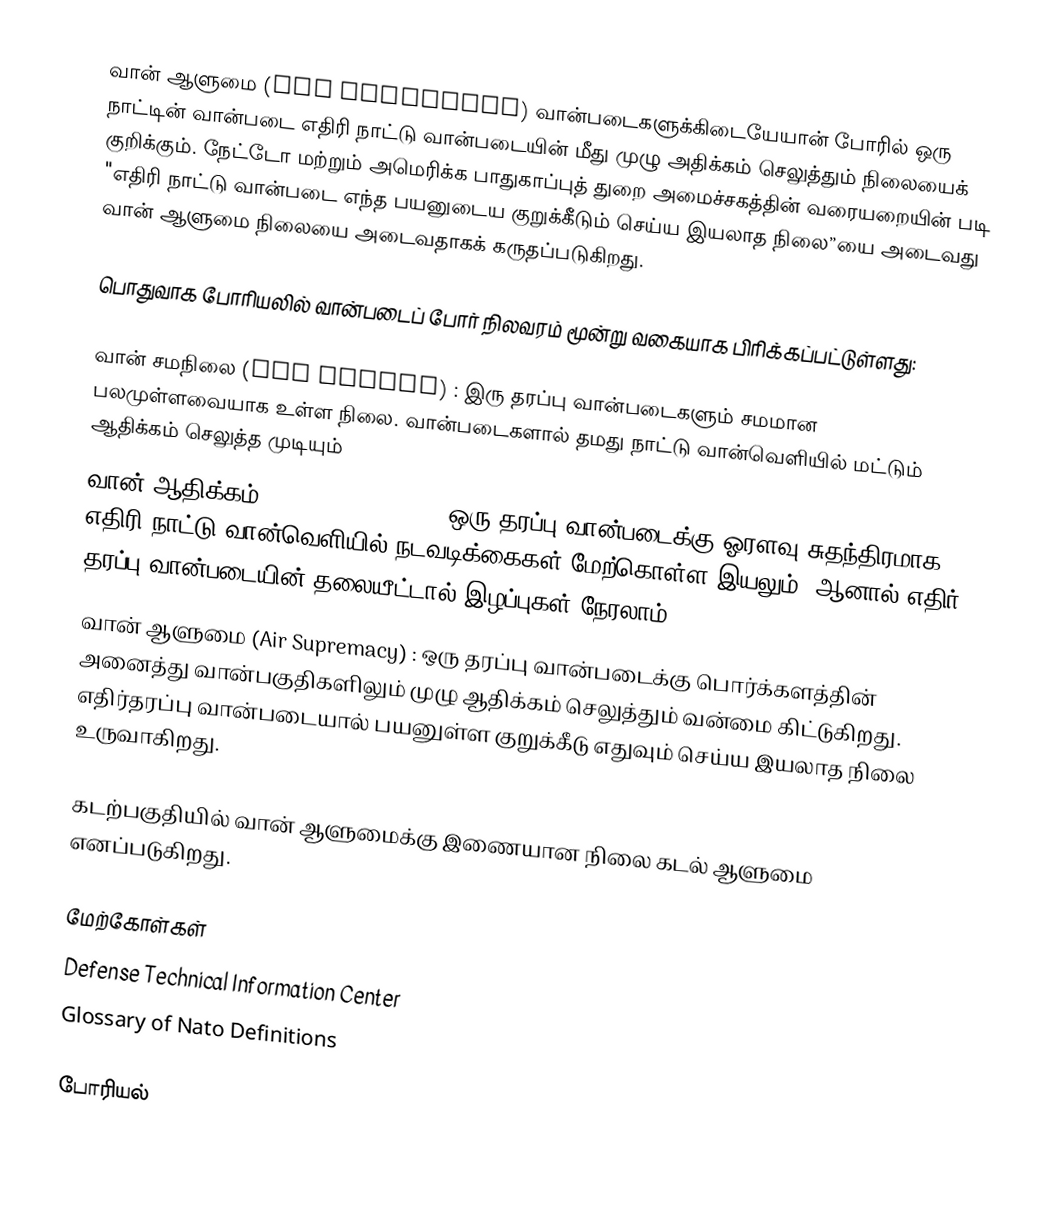
வான் ஆளுமை (Air Supremacy)  வான்படைகளுக்கிடையேயான் போரில் ஒரு நாட்டின் வான்படை எதிரி நாட்டு வான்படையின் மீது முழு அதிக்கம் செலுத்தும் நிலையைக் குறிக்கும். நேட்டோ மற்றும் அமெரிக்க பாதுகாப்புத் துறை அமைச்சகத்தின் வரையறையின் படி "எதிரி நாட்டு வான்படை எந்த பயனுடைய குறுக்கீடும் செய்ய இயலாத நிலை”யை அடைவது வான் ஆளுமை நிலையை அடைவதாகக் கருதப்படுகிறது.

பொதுவாக போரியலில் வான்படைப் போர் நிலவரம் மூன்று வகையாக பிரிக்கப்பட்டுள்ளது:

வான் சமநிலை (Air Parity) : இரு தரப்பு வான்படைகளும் சமமான பலமுள்ளவையாக உள்ள நிலை. வான்படைகளால் தமது நாட்டு வான்வெளியில் மட்டும் ஆதிக்கம் செலுத்த முடியும்
வான் ஆதிக்கம் (Air Superiority) : ஒரு தரப்பு வான்படைக்கு ஓரளவு சுதந்திரமாக எதிரி நாட்டு வான்வெளியில் நடவடிக்கைகள் மேற்கொள்ள இயலும். ஆனால் எதிர் தரப்பு வான்படையின் தலையீட்டால் இழப்புகள் நேரலாம்.
வான் ஆளுமை (Air Supremacy) :  ஒரு தரப்பு வான்படைக்கு பொர்க்களத்தின் அனைத்து வான்பகுதிகளிலும் முழு ஆதிக்கம் செலுத்தும் வன்மை கிட்டுகிறது. எதிர்தரப்பு வான்படையால் பயனுள்ள குறுக்கீடு எதுவும் செய்ய இயலாத நிலை உருவாகிறது.

கடற்பகுதியில் வான் ஆளுமைக்கு இணையான நிலை கடல் ஆளுமை எனப்படுகிறது.

மேற்கோள்கள்
Defense Technical Information Center
Glossary of Nato Definitions

போரியல்